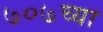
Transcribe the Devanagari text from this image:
७०७च्या